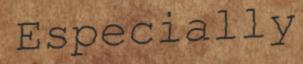
Especially